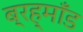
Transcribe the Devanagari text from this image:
ब्रह्माँड